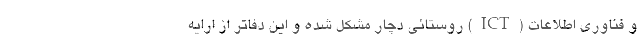
و فناوری اطلاعات (ICT) روستائی دچار مشکل شده و این دفاتر از ارایه